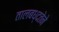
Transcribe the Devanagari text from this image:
तालबध्दतेने